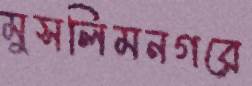
মুসলিমনগরে